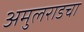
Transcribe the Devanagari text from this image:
अमुलराडचा